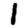
Digit: 1